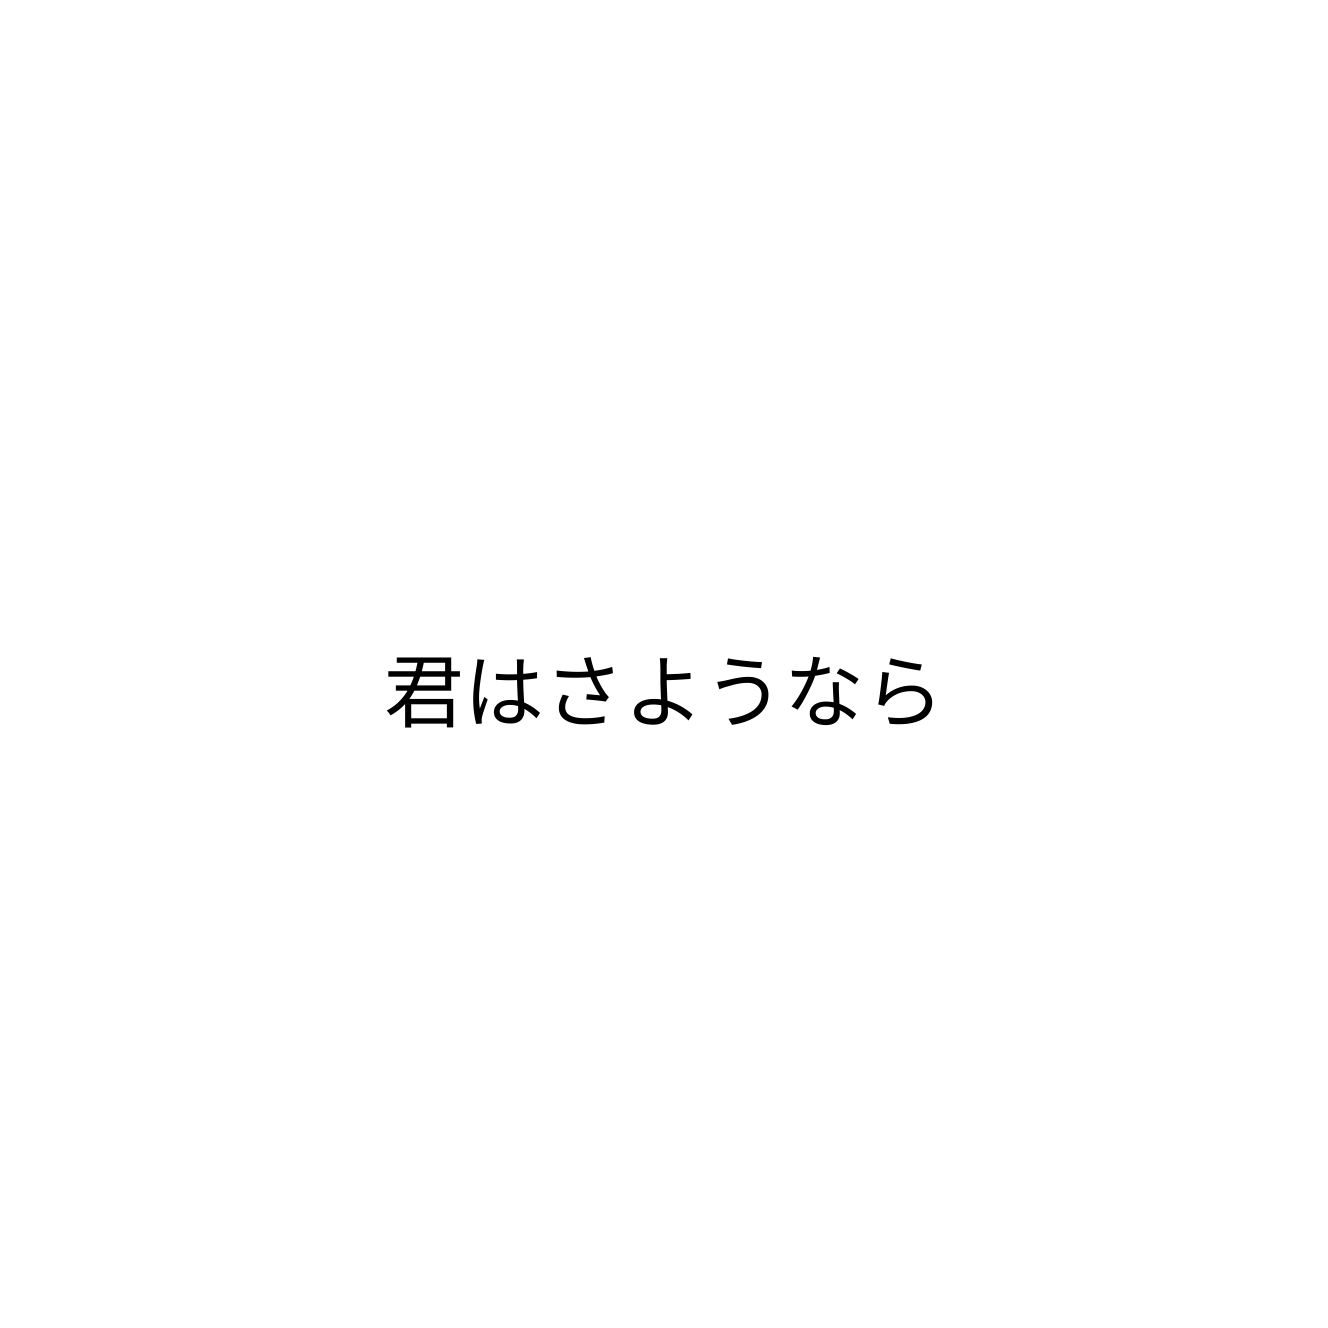
君はさようなら